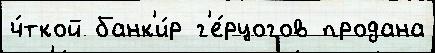
ч́ткой банк'и́р г'е́рцогов продана